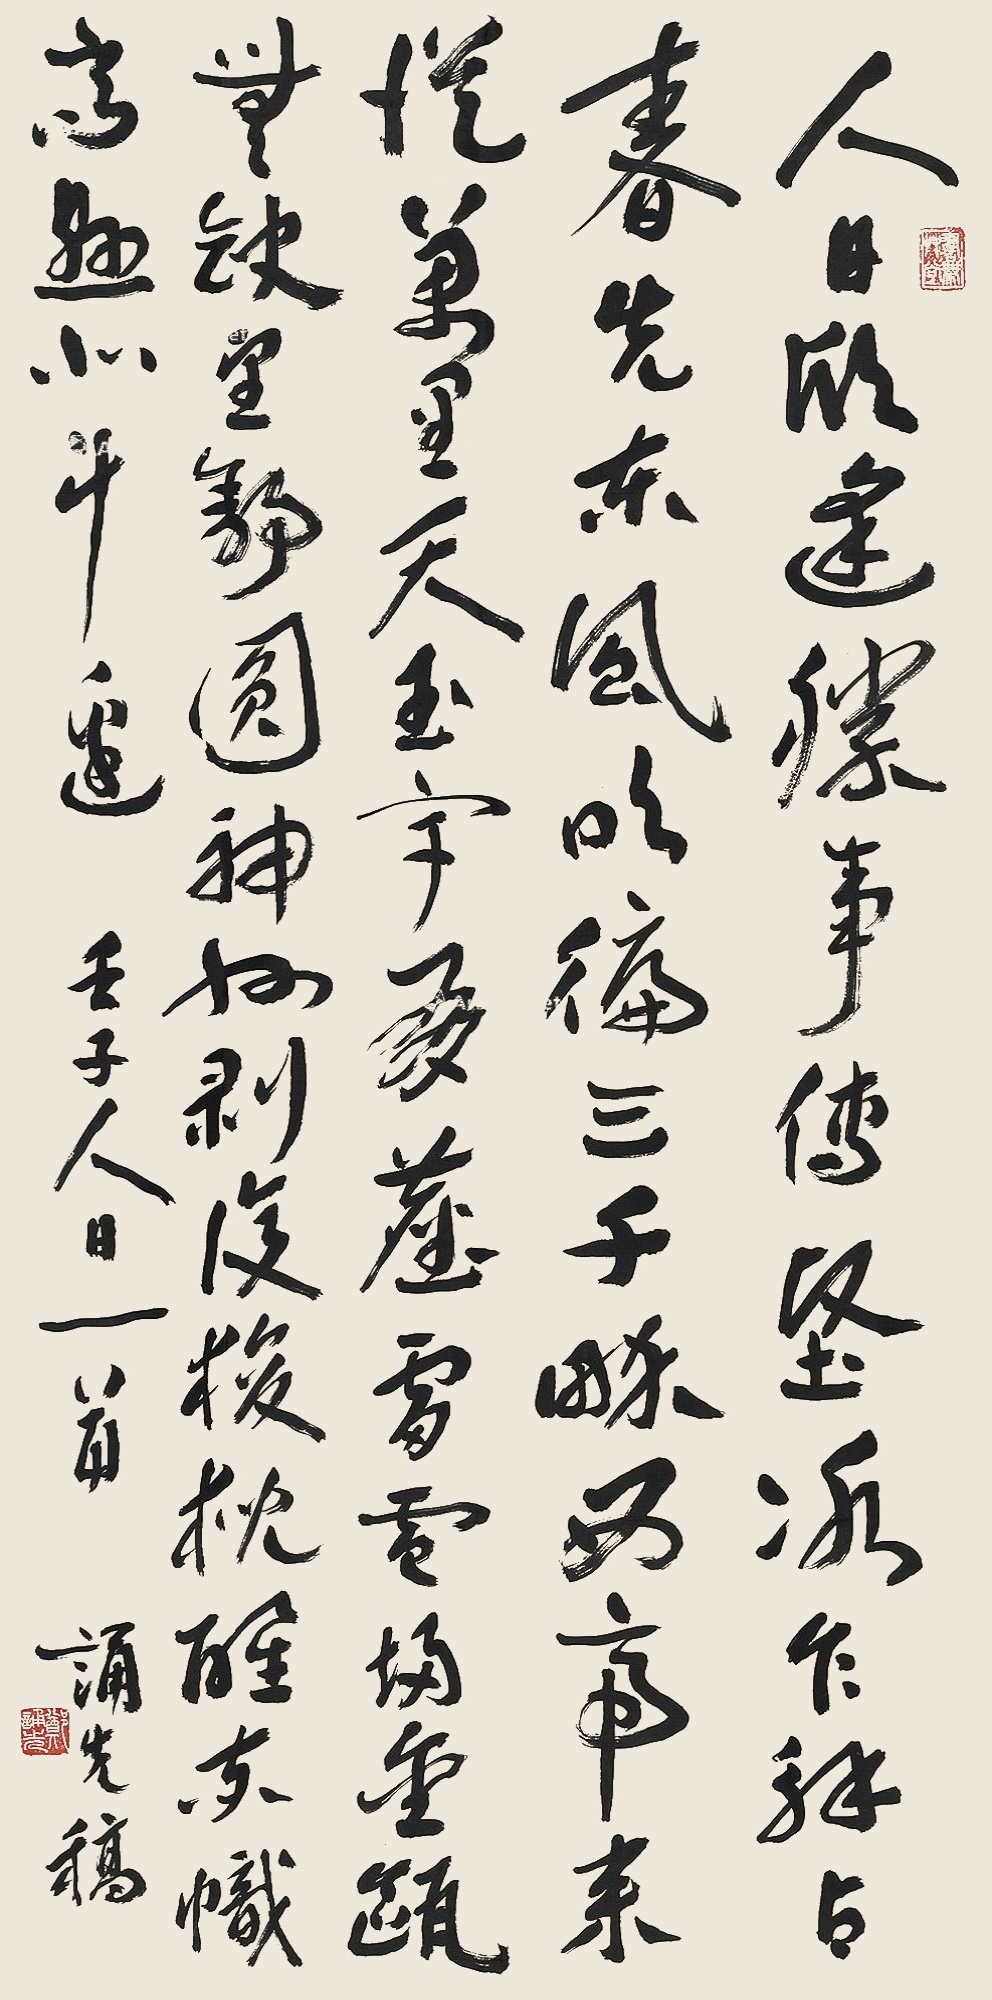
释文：人日欣逢胜事传，坚冰乍解占春先。东风吹偏三千界，西帝来从万里天。玉宇有尘雷电扫，金瓯无缺望舒圆。神州剥复狻猊醒，赤帜齐悬北斗边。壬子人日一首，诵先稿。